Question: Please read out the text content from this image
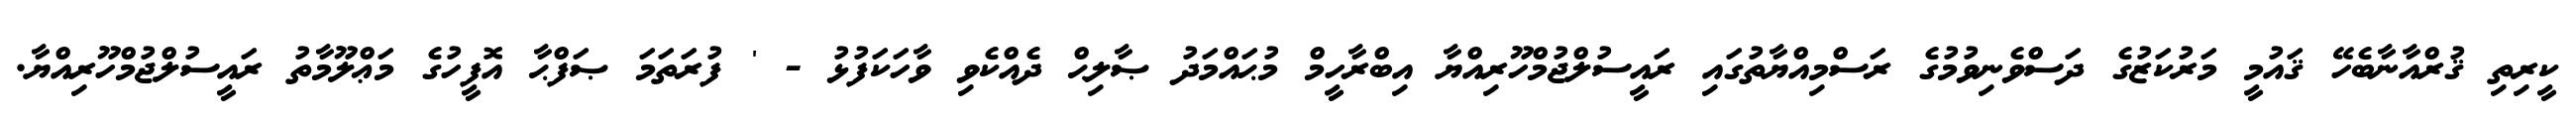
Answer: ކީރިތި ޤުރްއާނާބެހޭ ޤައުމީ މަރުކަޒުގެ ދަސްވެނިވުމުގެ ރަސްމިއްޔާތުގައި ރައީސުލްޖުމްހޫރިއްޔާ އިބްރާހީމް މުޙައްމަދު ޞާލިޙް ދެއްކެވި ވާހަކަފުޅު - ' ފުރަތަމަ ޞަފްޙާ އޮފީހުގެ މަޢްލޫމާތު ރައީސުލްޖުމްހޫރިއްޔާ.